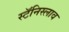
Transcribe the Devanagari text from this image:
स्टॅनिस्लाव